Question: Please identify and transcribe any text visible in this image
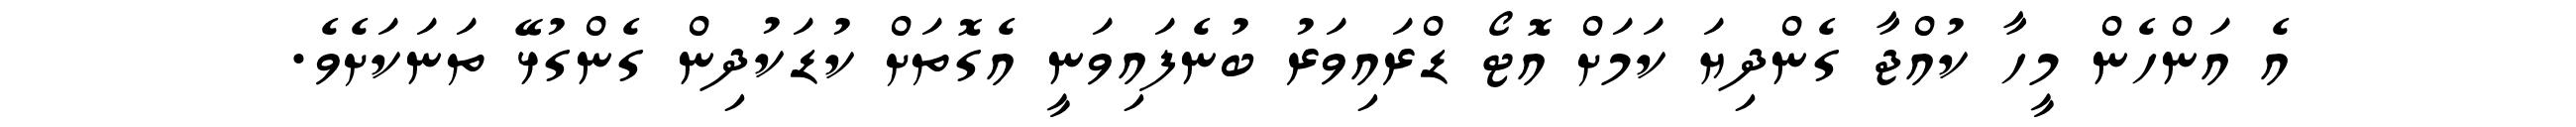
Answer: އެ އަންހެން މީހާ ކުއްޖާ ގެންދިޔަ ކަމަށް އޮޓޯ ޑްރައިވަރު ބުނެފައިވަނީ އެގޮތަށް ކުޑަކުދިން ގެންގުޅޭ ތަނަކަށެވެ.